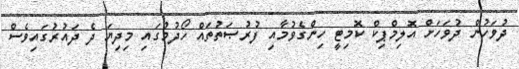
ދުވަހުން ދުވަހަށް އޮލިމްޕިކް ކޮމިޓީ ހިންގެވުމާއި ފުރުޞަތުތައް ހޯދުމުގައި މިދިޔަ ދެ ދައުރުގައިވެސް